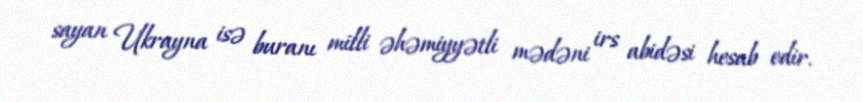
sayan Ukrayna isə buranı milli əhəmiyyətli mədəni irs abidəsi hesab edir.